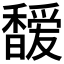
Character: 𩡖